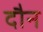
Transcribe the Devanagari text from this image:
दौन